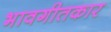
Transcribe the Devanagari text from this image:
भावगीतकार